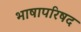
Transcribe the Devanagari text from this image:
भाषापरिषद